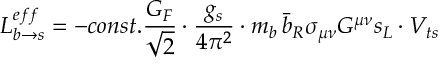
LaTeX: { \cal L } _ { b \rightarrow s } ^ { e f f } = - c o n s t . \frac { G _ { F } } { \sqrt { 2 } } \cdot \frac { g _ { s } } { 4 \pi ^ { 2 } } \cdot m _ { b } \, \bar { b } _ { R } \sigma _ { \mu \nu } G ^ { \mu \nu } s _ { L } \cdot V _ { t s }